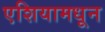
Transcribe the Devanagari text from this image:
एशियामधून